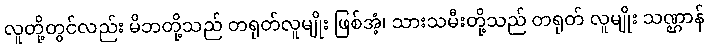
လူတို့တွင်လည်း မိဘတို့သည် တရုတ်လူမျိုး ဖြစ်အံ့၊ သားသမီးတို့သည် တရုတ် လူမျိုး သဏ္ဌာန်